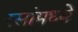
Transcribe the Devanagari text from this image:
रसांमध्ये